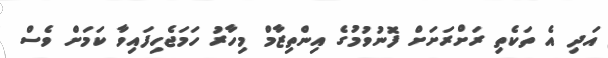
އަދި އެ ތަކެތި ރަށްރަށަށް ފޮނުވުމުގެ އިންތިޒާމް މިހާރު ހަމަޖެހިފައިވާ ކަމަށް ވެސް